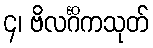
၄၊ ဗိလင်္ဂိကသုတ်